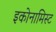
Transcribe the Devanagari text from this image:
इकोनामिस्ट